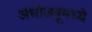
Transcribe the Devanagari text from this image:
अधोजत्रूमध्ये